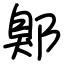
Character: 鄓